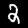
Label: 2